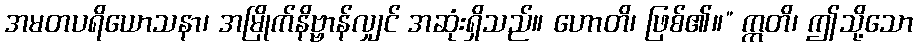
အမတပရိယောသနာ၊ အမြိုက်နိဗ္ဗာန်လျှင် အဆုံးရှိသည်။ ဟောတိ၊ ဖြစ်၏။” ဣတိ၊ ဤသို့သော